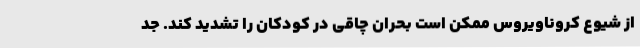
از شیوع کروناویروس ممکن است بحران چاقی در کودکان را تشدید کند. جد